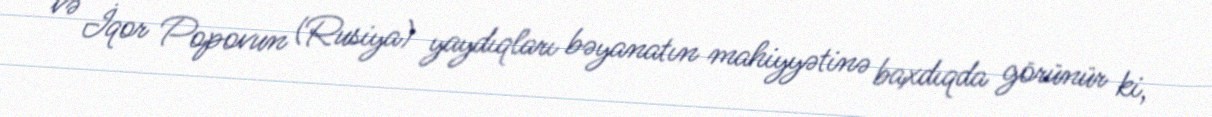
və İqor Popovun (Rusiya) yaydıqları bəyanatın mahiyyətinə baxdıqda görünür ki,